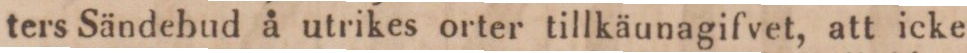
ters Sändebud å utrikes orter tillkäunagifvet, att icke